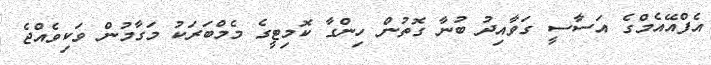
އެފްއޭއެމްގެ އަސާސީ ގަވާއިދު ބުނާ ގޮތުން ހިންގާ ކޮމިޓީގެ މެމްބަރަކު މަގާމުން ވަކިވެއްޖެ